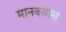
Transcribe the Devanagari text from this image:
मानववास